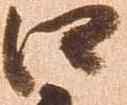
口